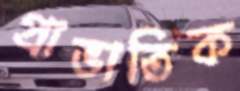
প্রাভাতিক